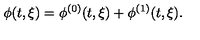
\phi ( t , \xi ) = \phi ^ { ( 0 ) } ( t , \xi ) + \phi ^ { ( 1 ) } ( t , \xi ) .